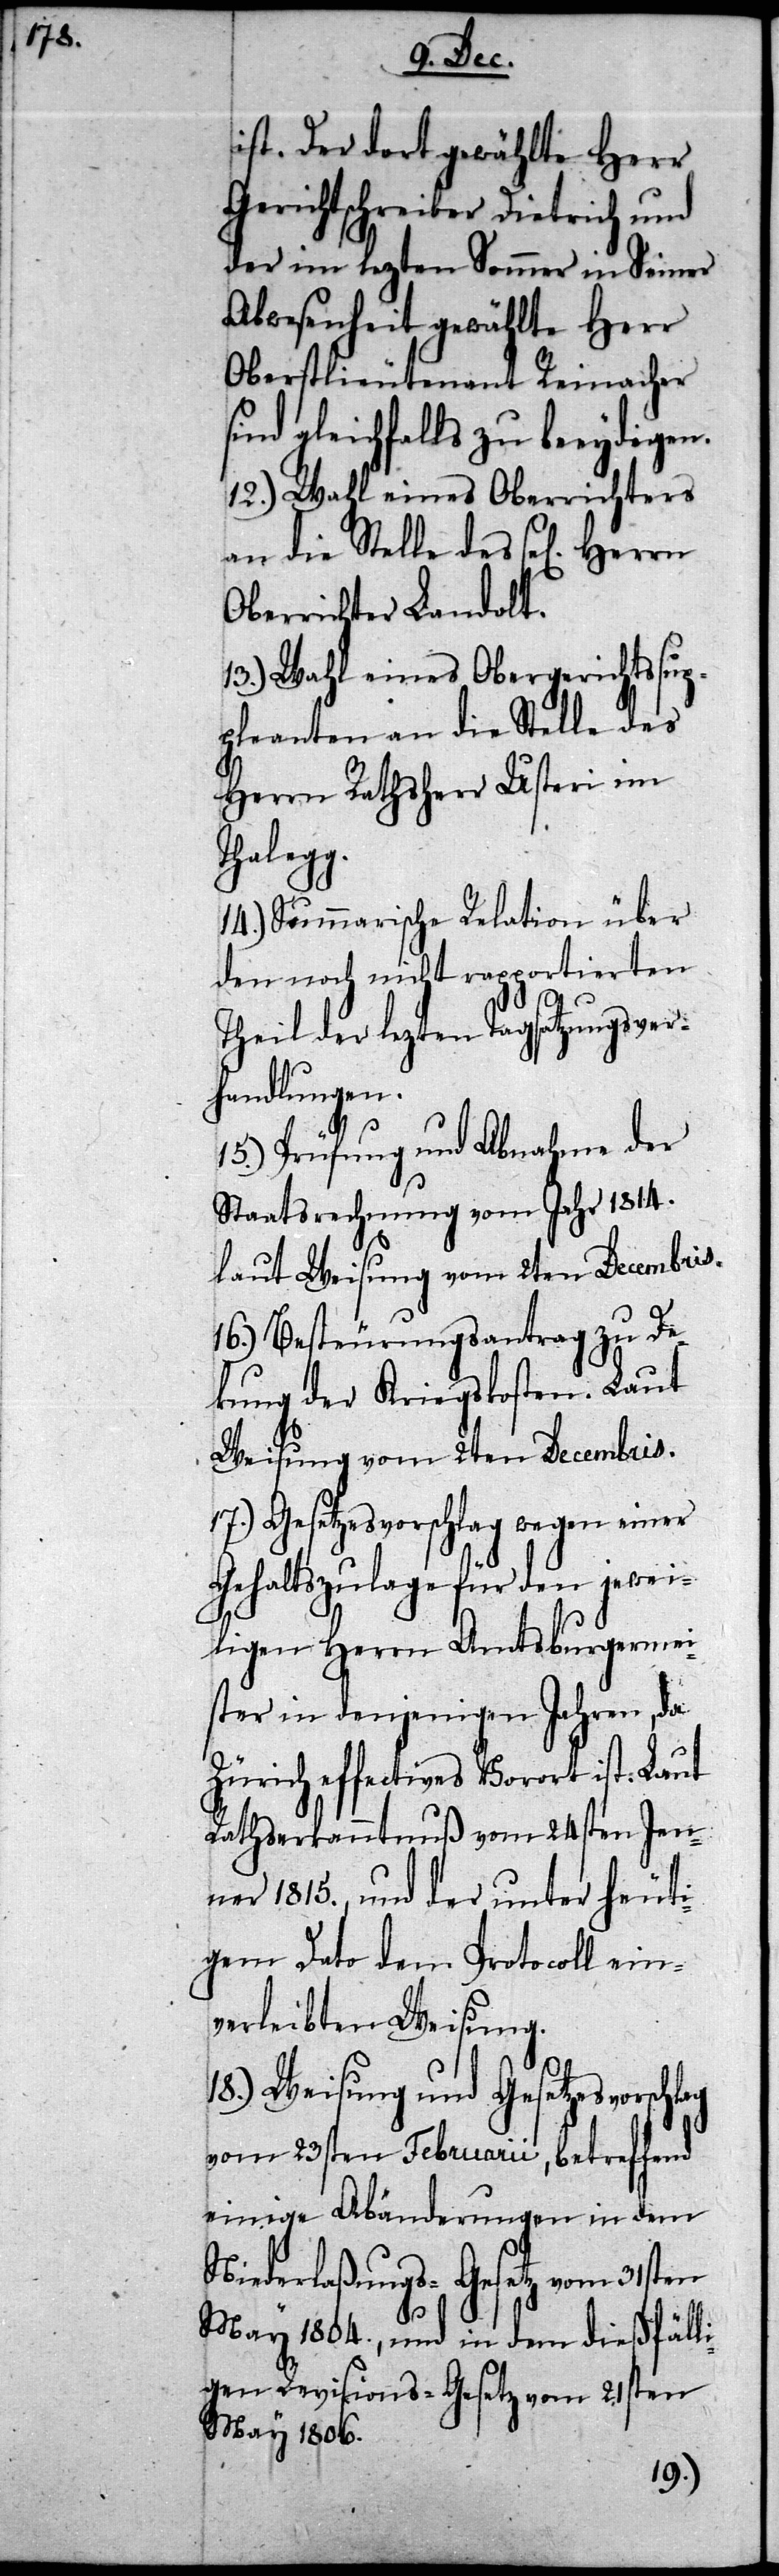
ist. Der dort gewählte Herr
Gerichtschreiber Dietrich und
der im lezten Sommer in Seiner
Abwesenheit gewählte Herr
Oberstlieutenant Reinacher
sind gleichfalls zu beeydigen.
12.) Wahl eines Oberrichters
an die Stelle des sel. Herrn
Oberrichter Landolt.
13.) Wahl eines Obergerichtssup¬
pleanten an die Stelle des
Herrn Rathsherr Usteri im
schlag
14.) Summarische Relation über
den noch nicht rapportierten
Theil der lezten Tagsatzungsver¬
handlungen.
15.) Prüfung und Abnahme der
Staatsrechnung vom Jahr 1814.
laut Weisung vom 2ten Decembris.
16.) Besteurungsantrag zu De¬
kung der Kriegskosten. Laut
Weisung vom 2ten Decembris.
17.) Gesetzesvorschlag wegen einer
Gehaltszulage für den jewei¬
ligen Herrn Amtsburgermei¬
ster in denjenigen Jahren, da
Zürich effectives Vorort ist. Laut
Rathserkanntnuß vom 24sten Jen¬
ner 1815., und der unter heuti¬
gem Dato dem Protocoll ein¬
verleibten Weisung.
18.) Weisung und Gesetzesvor¬
vom 23sten Februarii, betreffend
einige Abänderungen in dem
Niederlaßungs-Gesetz vom 31sten
May 1804., und in dem dießfäll¬
igen Revisions-Gesetz vom 21sten
May 1806.